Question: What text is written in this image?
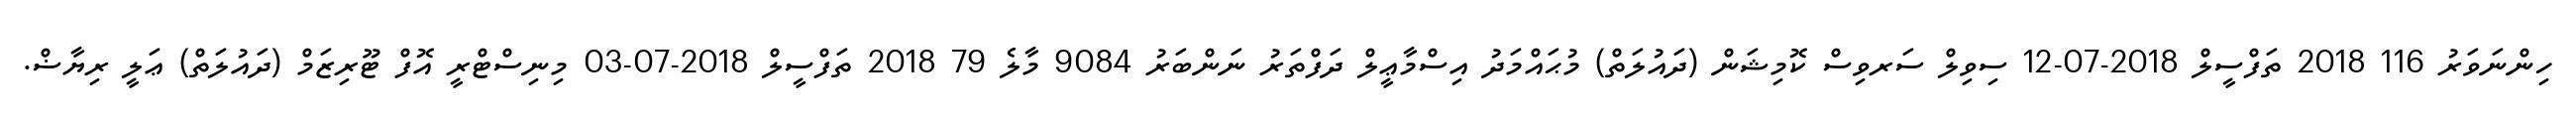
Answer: ހިންނަވަރު 116 2018 ތަފްސީލް 2018-07-12 ސިވިލް ސަރވިސް ކޮމިޝަން (ދައުލަތް) މުޙައްމަދު އިސްމާޢީލް ދަފްތަރު ނަންބަރު 9084 މާލެ 79 2018 ތަފްސީލް 2018-07-03 މިނިސްޓްރީ އޮފް ޓޫރިޒަމް (ދައުލަތް) ޢަލީ ރިޔާޟް.